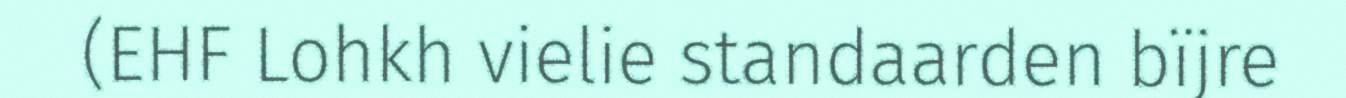
(EHF Lohkh vielie standaarden bïjre